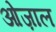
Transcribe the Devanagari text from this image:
ओज़ाल